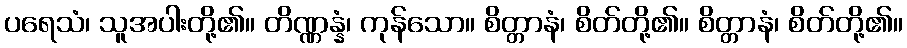
ပရေသံ၊ သူအပါးတို့၏။ တိဏ္ဏန္နံ၊ ကုန်သော။ စိတ္တာနံ၊ စိတ်တို့၏။ စိတ္တာနံ၊ စိတ်တို့၏။